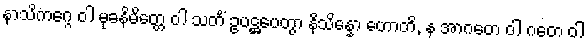
နာသိကဂ္ဂေ ဝါ မုခနိမိတ္တေ ဝါ သတိံ ဥပဋ္ဌပေတွာ နိသိန္နော ဟောတိ, န အာဂတေ ဝါ ဂတေ ဝါ